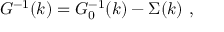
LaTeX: G ^ { - 1 } ( k ) = G _ { 0 } ^ { - 1 } ( k ) - \Sigma ( k ) \ ,